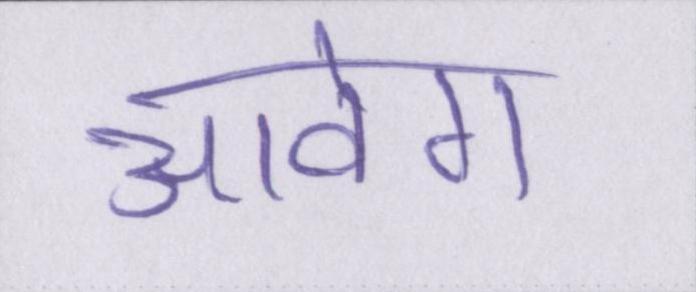
आवेग